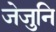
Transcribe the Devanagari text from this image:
जेजुनि